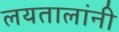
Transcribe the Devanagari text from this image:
लयतालांनी